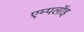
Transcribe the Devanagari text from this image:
एम्पलॉइ